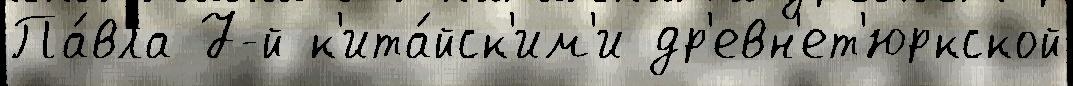
Па́вла 7-й к'ита́йск'им'и др'евн'ет'юркской